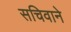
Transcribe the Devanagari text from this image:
सचिवाने